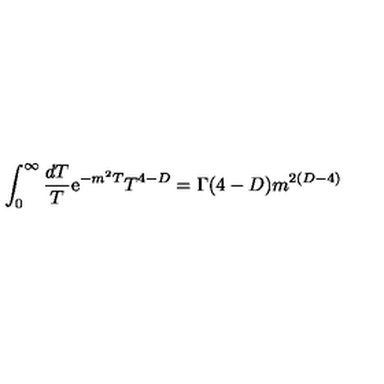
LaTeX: \int _ { 0 } ^ { \infty } { \frac { d T } { T } } \mathrm { e } ^ { - m ^ { 2 } T } T ^ { 4 - D } = \Gamma ( 4 - D ) m ^ { 2 ( D - 4 ) }